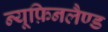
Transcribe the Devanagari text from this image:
न्यूफ़िनलैण्ड